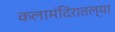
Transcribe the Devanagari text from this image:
कलामंदिरातल्या